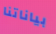
بياناتنا